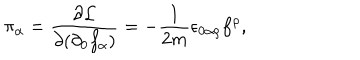
\pi _ { \alpha } = \frac { \partial \mathcal { L } } { \partial ( \partial _ { 0 } f _ { \alpha } ) } = - \frac { 1 } { 2 m } \epsilon _ { 0 \alpha \rho } f ^ { \rho } ,